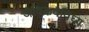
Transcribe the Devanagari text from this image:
जैविकवैविध्य